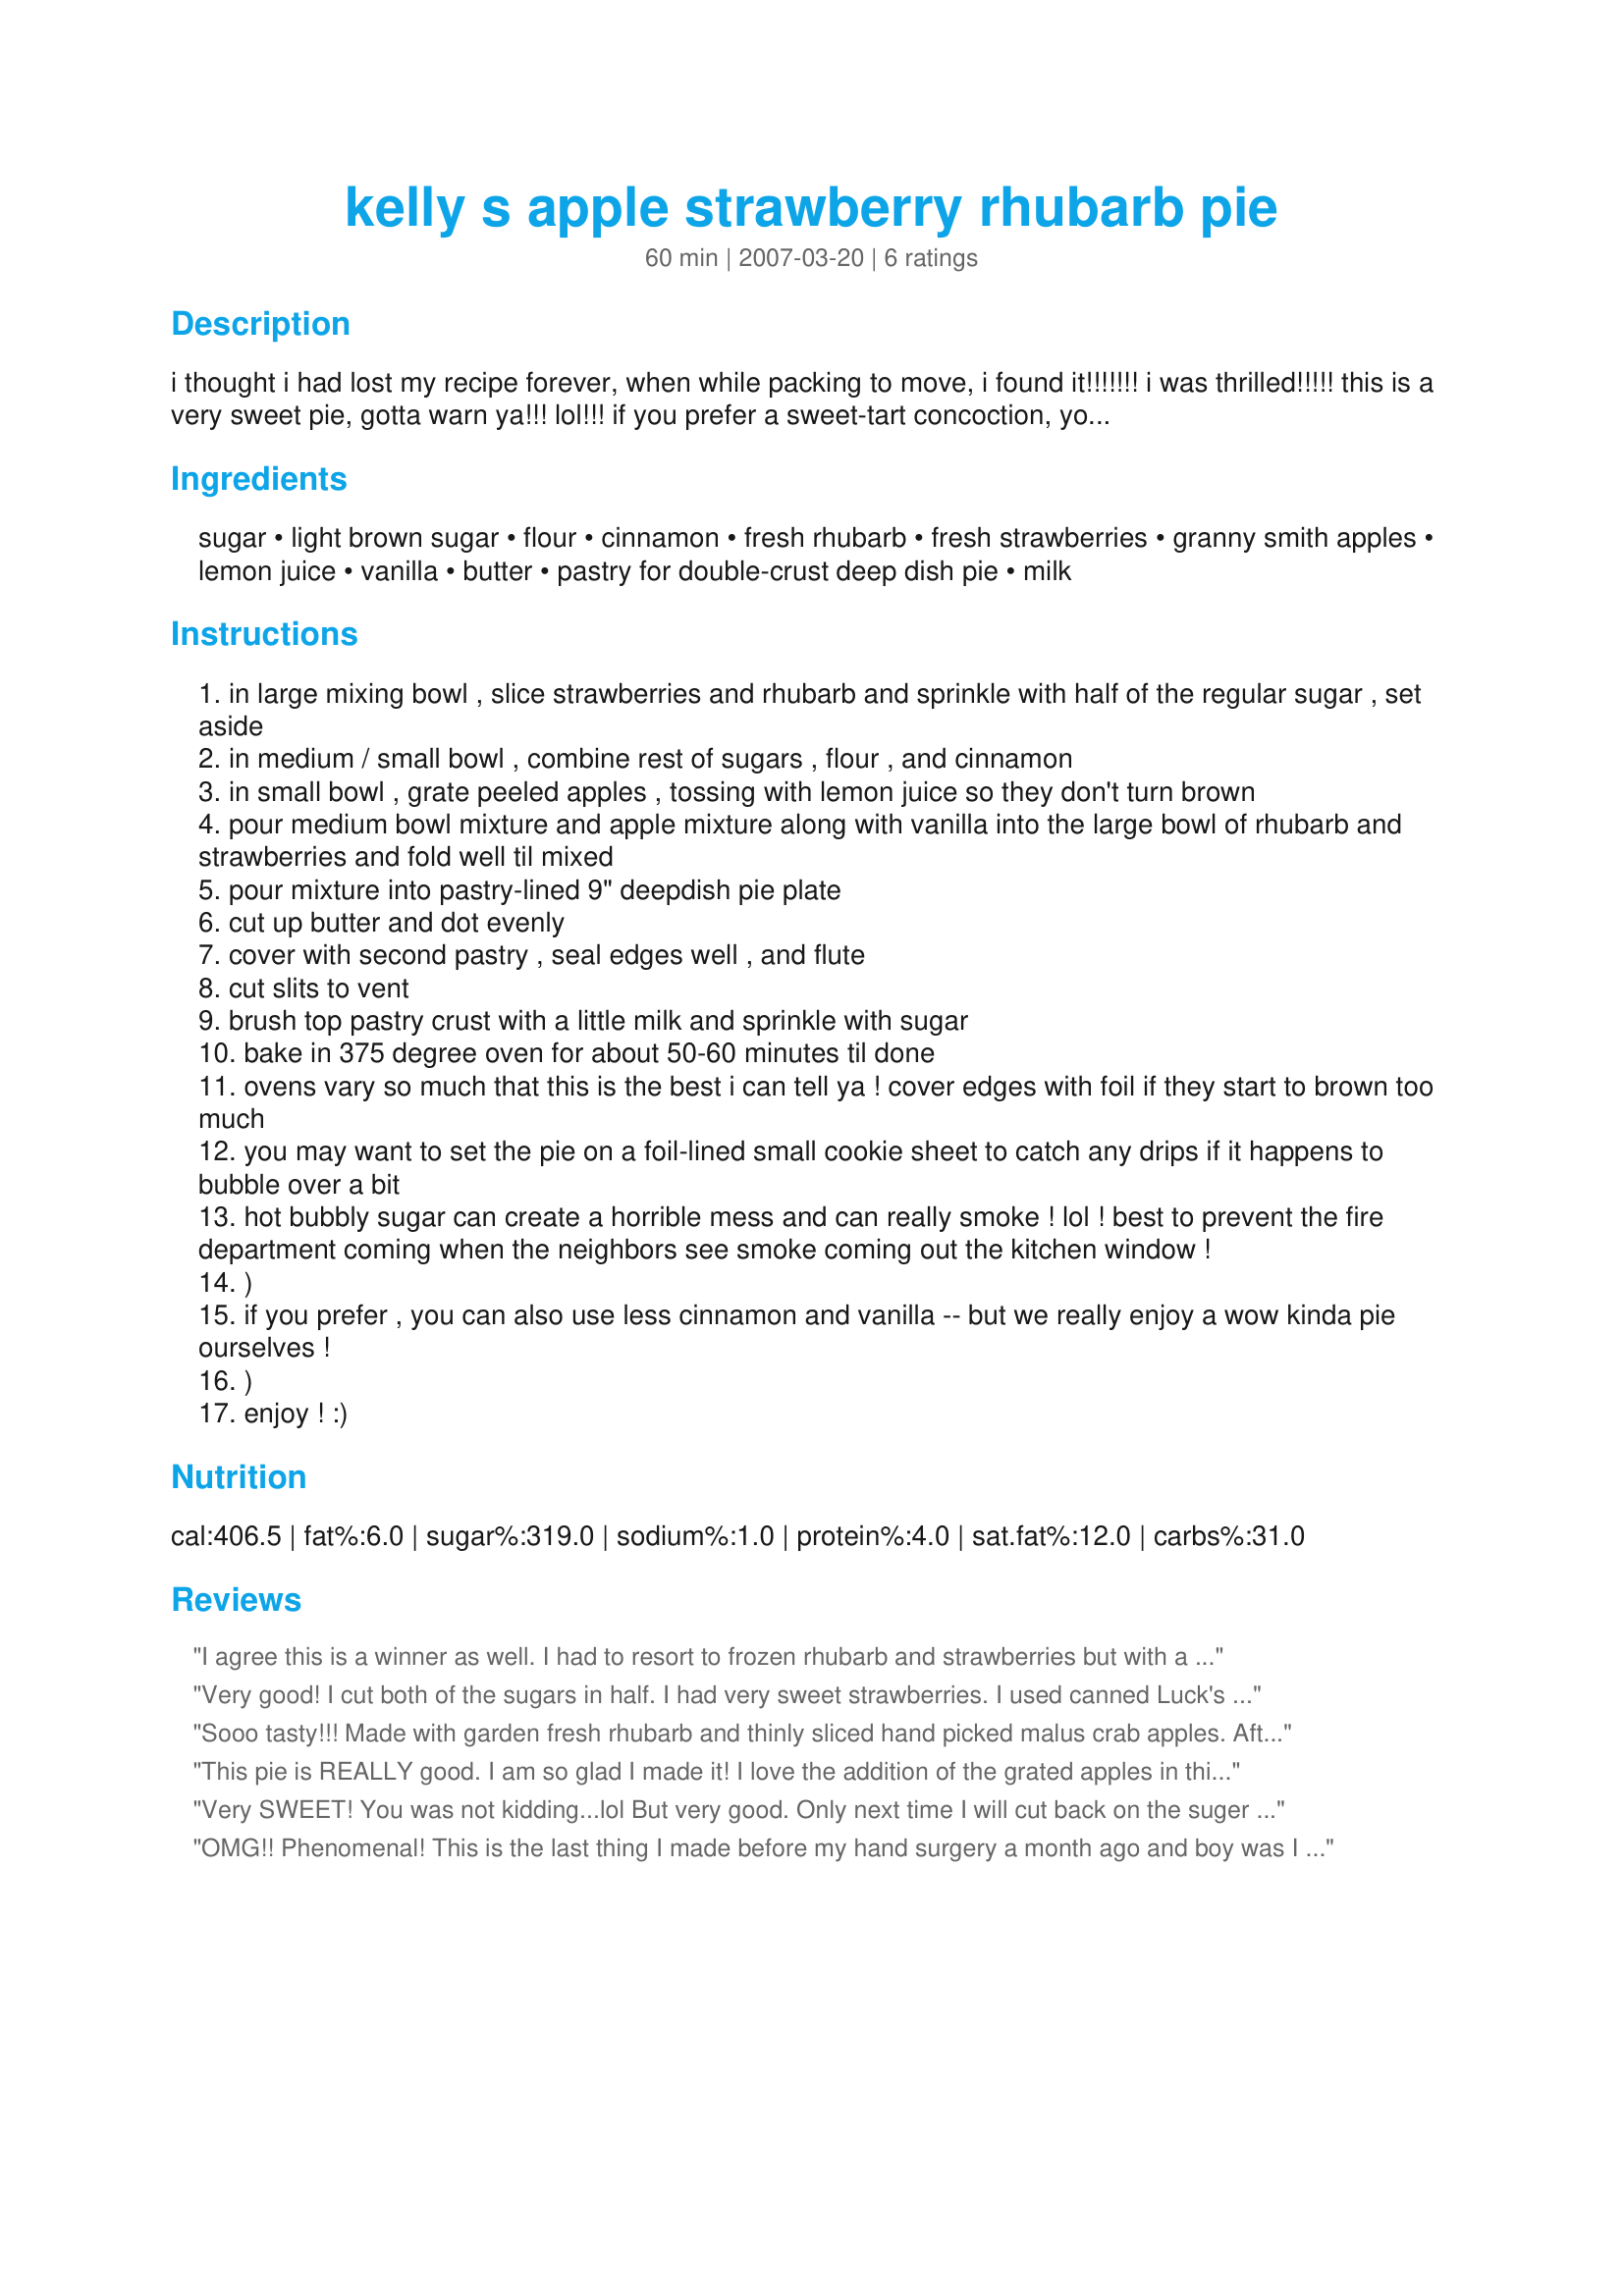
kelly s apple strawberry rhubarb pie
Preparation time: 60 minutes

i thought i had lost my recipe forever, when while packing to move, i found it!!!!!!! i was thrilled!!!!! this is a very sweet pie, gotta warn ya!!! lol!!! if you prefer a sweet-tart concoction, you'll want to decrease the amount of sugar, but this is the only way i'll even touch rhubarb! everyone who has tried my pie absolutely loves it, even the ones that swear they won't eat rhubarb!! (this is my very own recipe.) **i once tried making it with frozen rhubarb and it did not work! it came out runny, so i do not recommend using anything but fresh rhubarb! (i don't think frozen strawberries would work, either.just use fresh only.)hope you enjoy my pie!!! really good with vanilla ice cream, too! ;)

Ingredients:
sugar, light brown sugar, flour, cinnamon, fresh rhubarb, fresh strawberries, granny smith apples, lemon juice, vanilla, butter, pastry for double-crust deep dish pie, milk

Steps:
in large mixing bowl , slice strawberries and rhubarb and sprinkle with half of the regular sugar , set aside
in medium / small bowl , combine rest of sugars , flour , and cinnamon
in small bowl , grate peeled apples , tossing with lemon juice so they don't turn brown
pour medium bowl mixture and apple mixture along with vanilla into the large bowl of rhubarb and strawberries and fold well til mixed
pour mixture into pastry-lined 9" deepdish pie plate
cut up butter and dot evenly
cover with second pastry , seal edges well , and flute
cut slits to vent
brush top pastry crust with a little milk and sprinkle with sugar
bake in 375 degree oven for about 50-60 minutes til done
ovens vary so much that this is the best i can tell ya ! cover edges with foil if they start to brown too much
you may want to set the pie on a foil-lined small cookie sheet to catch any drips if it happens to bubble over a bit
hot bubbly sugar can create a horrible mess and can really smoke ! lol ! best to prevent the fire department coming when the neighbors see smoke coming out the kitchen window !
)
if you prefer , you can also use less cinnamon and vanilla -- but we really enjoy a wow kinda pie ourselves !
)
enjoy ! :)

Reviews:
I agree this is a winner as well. I had to resort to frozen rhubarb and strawberries but with a 1/4 cup of flour it firmed up well. Also went with the 1 cup mixed sugar and it was perfect for us, sweet and tart. We'll be making this again.
Very good! I cut both of the sugars in half. I had very sweet strawberries. I used canned Luck's fried apples which are thick sliced & firm, I cut narrow slices and drained the juice to use later. I made 2 pies with two types of crust. The second pie I needed a little more filling so had two firm (very firm) pears and I chopped them up like you would with the apples. I added a little more flour because the pears were juicier. That was wonderful also. I did not add milk or sugar to my pie crusts on the top but do add foil around the edges. This pie is a keeper and so were my additions. Thanks for posting. This a a keeper.
Sooo tasty!!! Made with garden fresh rhubarb and thinly sliced hand picked malus crab apples. After accidentally preparing 3 cups of apples rather than the equivalent of 3 Granny Smith apples, I had just the right amount to make two 9&quot; deep dish pies! Currently making my fourth pie in one week! (To use up the fresh produce and share this wonderful dish with others!) :-)
This pie is REALLY good. I am so glad I made it! I love the addition of the grated apples in this traditional pie. This recipe is perfect in every way!
Made for ZWT5 - Epicurean Queens!
Very SWEET! You was not kidding...lol But very good. Only next time I will cut back on the suger or use splenda. very good with vanilla icecream I will make this again.....THANK YOU for posting.
OMG!! Phenomenal! This is the last thing I made before my hand surgery a month ago and boy was I ever pleased with the results. This pie is superb! I had to make this with frozen rhubarb bc that is all I had. I refuse to pay $3 a lb for it in the grocery here when my family is trying to get rid of what they have growing in their yards. So I bring lots home to TX and freeze it! I just thawed the rhubarb and drained some of the water off- reserving for a sauce- and it worked perfectly. I used fresh strawberries and apples though. The cinnamon is a terrific addition here and marries well with the brown sugar. I used dark tho again bc that is what I had. Wildflour, this recipe is a treasure! Thank you for sharing it with us! *Into my "Keepers" cookbook forever with this one!*
